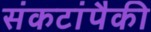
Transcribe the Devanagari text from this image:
संकटांपैकी